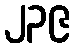
၂၃၉